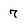
Character: 7